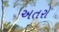
અતરો